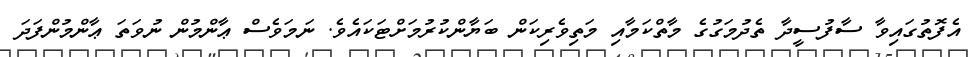
އެފޮތުގައިވާ ސާފުސީދާ ތެދުމަގުގެ މާތްކަމާއި މަތިވެރިކަން ބަޔާންކުރުމަށްޓަކައެވެ. ނަމަވެސް ޢާންމުން ނުވަތަ ޢާންމުންފަދަ